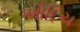
ઔદિચ